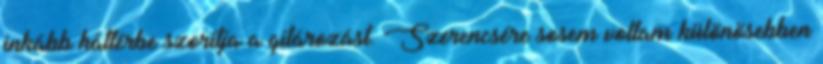
inkább háttérbe szorítja a gitározást. Szerencsére sosem voltam különösebben